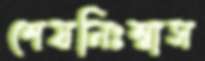
শেষনিঃশ্বাস